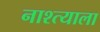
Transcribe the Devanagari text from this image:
नाश्त्याला